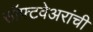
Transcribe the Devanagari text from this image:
सॉफ्टवेअरांची